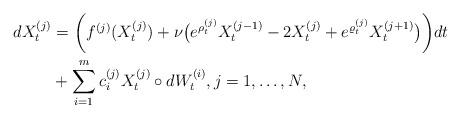
LaTeX: \begin{align*}dX_t^{(j)} &=\bigg(f^{(j)}(X_t^{(j)})+\nu \big(e^{\rho_t^{(j)}}X_t^{(j-1)}-2X_t^{(j)}+e^{\varrho_t^{(j)}}X_t^{(j+1)}\big)\bigg)dt\\&+\sum\limits_{i=1}^mc_i^{(j)}X_t^{(j)}\circ dW_t^{(i)},j=1,\dots ,N,\end{align*}